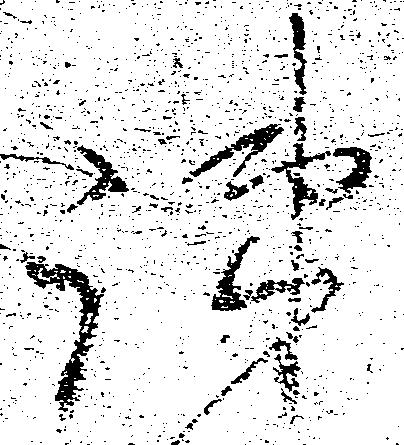
疎